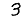
Digit: 3